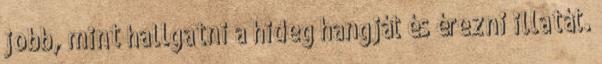
jobb, mint hallgatni a hideg hangját és érezni illatát.